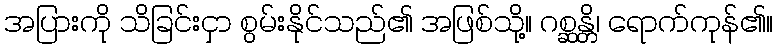
အပြားကို သိခြင်းငှာ စွမ်းနိုင်သည်၏ အဖြစ်သို့။ ဂစ္ဆန္တိ၊ ရောက်ကုန်၏။